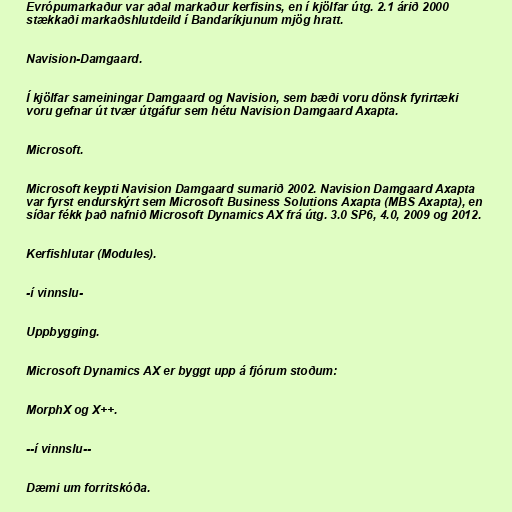
Evrópumarkaður var aðal markaður kerfisins, en í kjölfar útg. 2.1 árið 2000
stækkaði markaðshlutdeild í Bandaríkjunum mjög hratt.

Navision-Damgaard.

Í kjölfar sameiningar Damgaard og Navision, sem bæði voru dönsk fyrirtæki
voru gefnar út tvær útgáfur sem hétu Navision Damgaard Axapta.

Microsoft.

Microsoft keypti Navision Damgaard sumarið 2002. Navision Damgaard Axapta
var fyrst endurskýrt sem Microsoft Business Solutions Axapta (MBS Axapta), en
síðar fékk það nafnið Microsoft Dynamics AX frá útg. 3.0 SP6, 4.0, 2009 og 2012.

Kerfishlutar (Modules).

-í vinnslu-

Uppbygging.

Microsoft Dynamics AX er byggt upp á fjórum stoðum:

MorphX og X++.

--í vinnslu--

Dæmi um forritskóða.